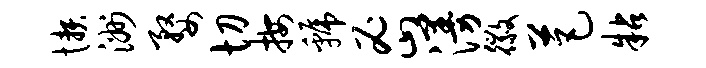
懒洲婺切按虢密漫徽芭粘